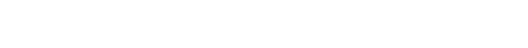
ခုနောက်ပိုင်းမှာ ကိုယ့်စိတ်ကြိုက်စီစဉ်ပေးမယ့် တွေလည်း အများကြီး ရှိလာပါပြီ။